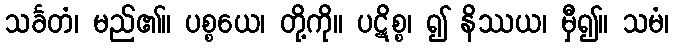
သင်္ခတံ၊ မည်၏။ ပစ္စယေ၊ တို့ကို။ ပဋိစ္စ၊ ၍ နိဿယ၊ မှီ၍။ သမံ၊